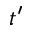
t ^ { \prime }